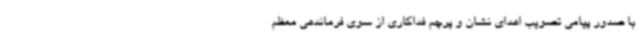
با صدور پیامی تصویب اهدای نشان و پرچم فداکاری از سوی فرماندهی معظم